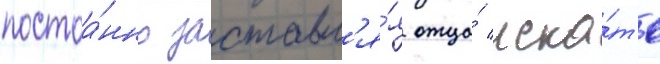
постоа́нно заставл'я́я отца́ иска́ть